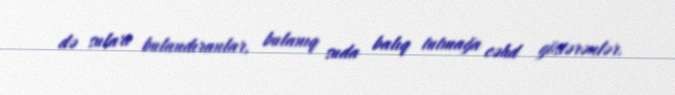
də suları bulandıranlar, bulanıq suda balıq tutmağa cəhd göstərənlər.